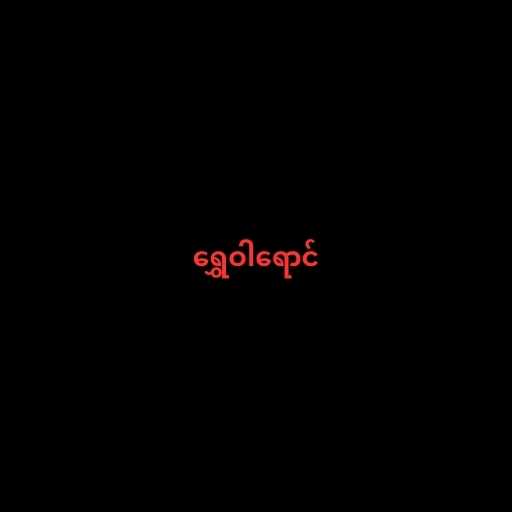
ရွှေဝါရောင်